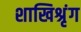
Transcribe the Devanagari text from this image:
शाखिश्रृंग